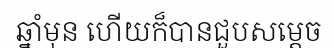
ឆ្នាំមុន ហើយក៏បានជួបសម្តេច